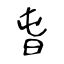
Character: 旾